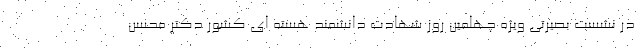
در نشست بصیرتی ویژه چهلمین روز شهادت دانشمند هسته ای کشور دکتر محسن